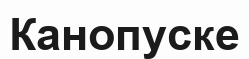
Канопуске